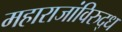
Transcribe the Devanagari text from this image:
महाराजांविरुद्ध